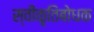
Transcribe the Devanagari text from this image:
स्वीकृतिबोधक